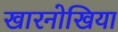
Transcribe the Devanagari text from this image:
खारनोखिया